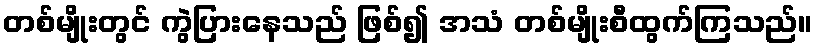
တစ်မျိုးတွင် ကွဲပြားနေသည် ဖြစ်၍ အသံ တစ်မျိုးစီထွက်ကြသည်။